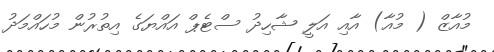
މުއާޒް ( މުއާ) އާއި އަލީ ޝާހިދު ސްޓެޕް އައްޔަގެ އިތުރުން މުހައްމަދު